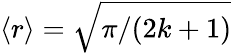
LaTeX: \left\langle r\right\rangle=\sqrt{\pi/(2k+1)}